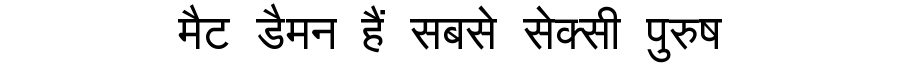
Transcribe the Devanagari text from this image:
मैट डैमन हैं सबसे सेक्सी पुरुष